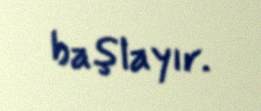
başlayır.